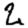
Digit: 2